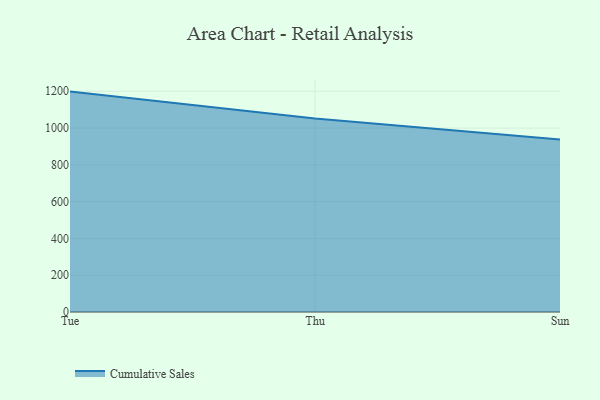
{"axis": {"x": "Day", "y": "Shipments"}, "legend": ["Cumulative Sales"], "data": [{"x": "Tue", "y": 1198.3, "type": "Cumulative Sales"}, {"x": "Thu", "y": 1052.3, "type": "Cumulative Sales"}, {"x": "Sun", "y": 938.0, "type": "Cumulative Sales"}]}